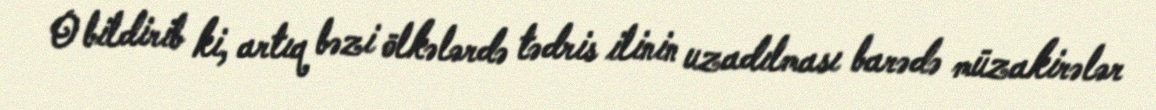
O bildirib ki, artıq bəzi ölkələrdə tədris ilinin uzadılması barədə müzakirələr